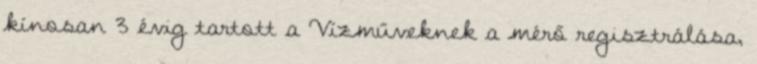
kínosan 3 évig tartott a Vízműveknek a mérő regisztrálása,